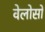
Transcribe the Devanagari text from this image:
वेलोसो